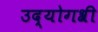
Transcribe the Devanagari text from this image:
उद्योगश्री